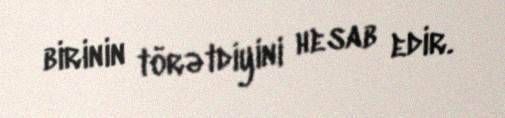
birinin törətdiyini hesab edir.